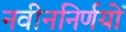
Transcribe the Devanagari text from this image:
नवीननिर्णयों